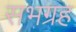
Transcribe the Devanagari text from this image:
सभग्रह